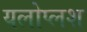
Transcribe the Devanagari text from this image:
यलोप्लश